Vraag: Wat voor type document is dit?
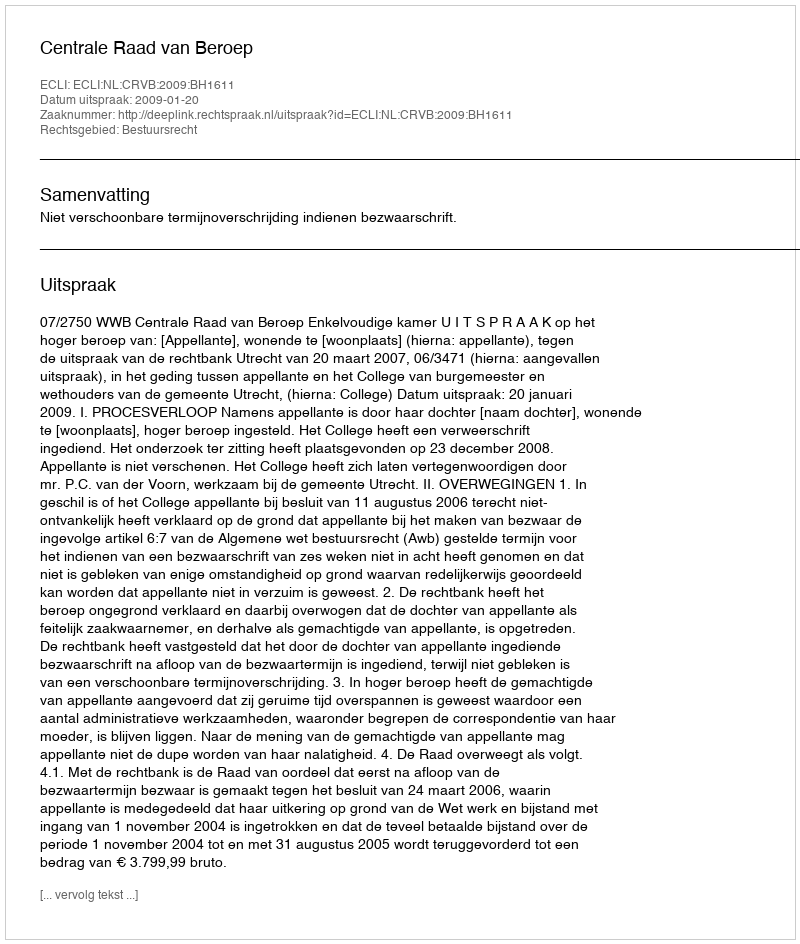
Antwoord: Uitspraak